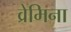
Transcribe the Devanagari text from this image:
व्रेमिना